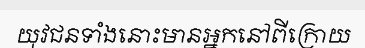
យុវជនទាំងនោះមានអ្នកនៅពីក្រោយ